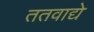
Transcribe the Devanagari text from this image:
ततवाद्ये